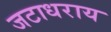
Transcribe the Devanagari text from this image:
जटाधराय